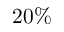
2 0 \%